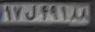
۱۷ل۴۹۱۸۸